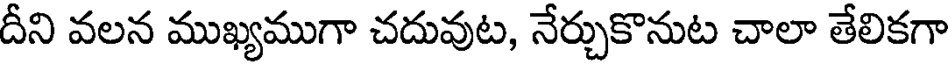
దీని వలన ముఖ్యముగా చదువుట, నేర్చుకొనుట చాలా తేలికగా